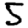
Digit: 5